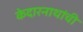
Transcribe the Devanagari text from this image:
केदारनाथांची